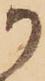
か